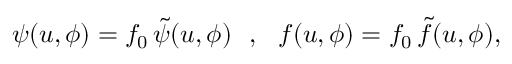
\psi ( u , \phi ) = f _ { 0 } \, \tilde { \psi } ( u , \phi ) \ \ , \ \ f ( u , \phi ) = f _ { 0 } \, \tilde { f } ( u , \phi ) ,